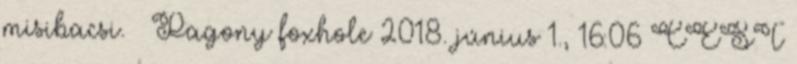
misibacsi. – Pagony foxhole 2018. június 1., 16:06 CEST